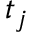
t _ { j }